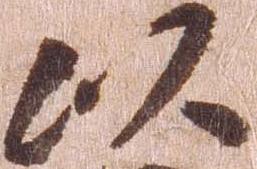
以